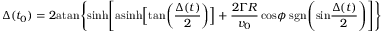
\Delta ( t _ { 0 } ) = 2 \mathrm { a t a n } \Bigg \{ \mathrm { s i n h } \Bigg [ \mathrm { a s i n h } \Big [ \mathrm { t a n } \bigg ( { \frac { \Delta ( t ) } { 2 } } \bigg ) \Big ] + { \frac { 2 \Gamma R } { v _ { 0 } } } \, \mathrm { c o s } \phi \; \mathrm { s g n } \Bigg ( \mathrm { s i n } { \frac { \Delta ( t ) } { 2 } } \Bigg ) \Bigg ] \Bigg \}